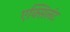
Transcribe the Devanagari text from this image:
एक्सिलंट